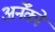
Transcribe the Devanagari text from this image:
अनेँको